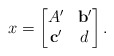
\begin{align*} x =\begin{bmatrix}A' & \mathbf{b}'\\\mathbf{c}' & d\end{bmatrix}.\end{align*}